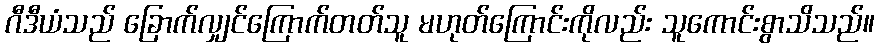
ဂီဒီယံသည် ခြောက်လျှင်ကြောက်တတ်သူ မဟုတ်ကြောင်းကိုလည်း သူကောင်းစွာသိသည်။